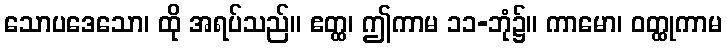
သောပဒေသော၊ ထို အရပ်သည်။ ဧတ္ထ၊ ဤကာမ ၁၁-ဘုံ၌။ ကာမော၊ ဝတ္ထုကာမ